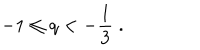
LaTeX: - 1 \le q < - \frac { 1 } { 3 } \; .